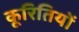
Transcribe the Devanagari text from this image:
कूरितियों